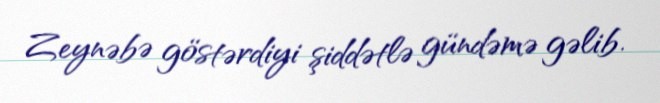
Zeynəbə göstərdiyi şiddətlə gündəmə gəlib.